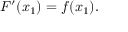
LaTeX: F ^ { \prime } ( x _ { 1 } ) = f ( x _ { 1 } ) .